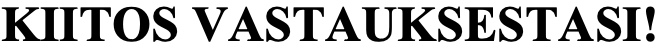
KIITOS VASTAUKSESTASI!